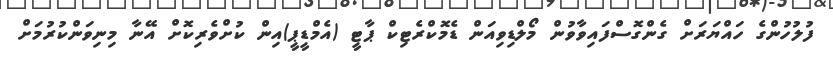
ފުލުހުންގެ ހައްޔަރަށް ގެންގޮސްފައިވާވުން މޯލްޑިވިއަން ޑެމޮކްރެޓިކް ޕާޓީ (އެމްޑީޕީ)އިން ކުށްވެރިކޮށް އޭނާ މިނިވަންކުރުމަށް